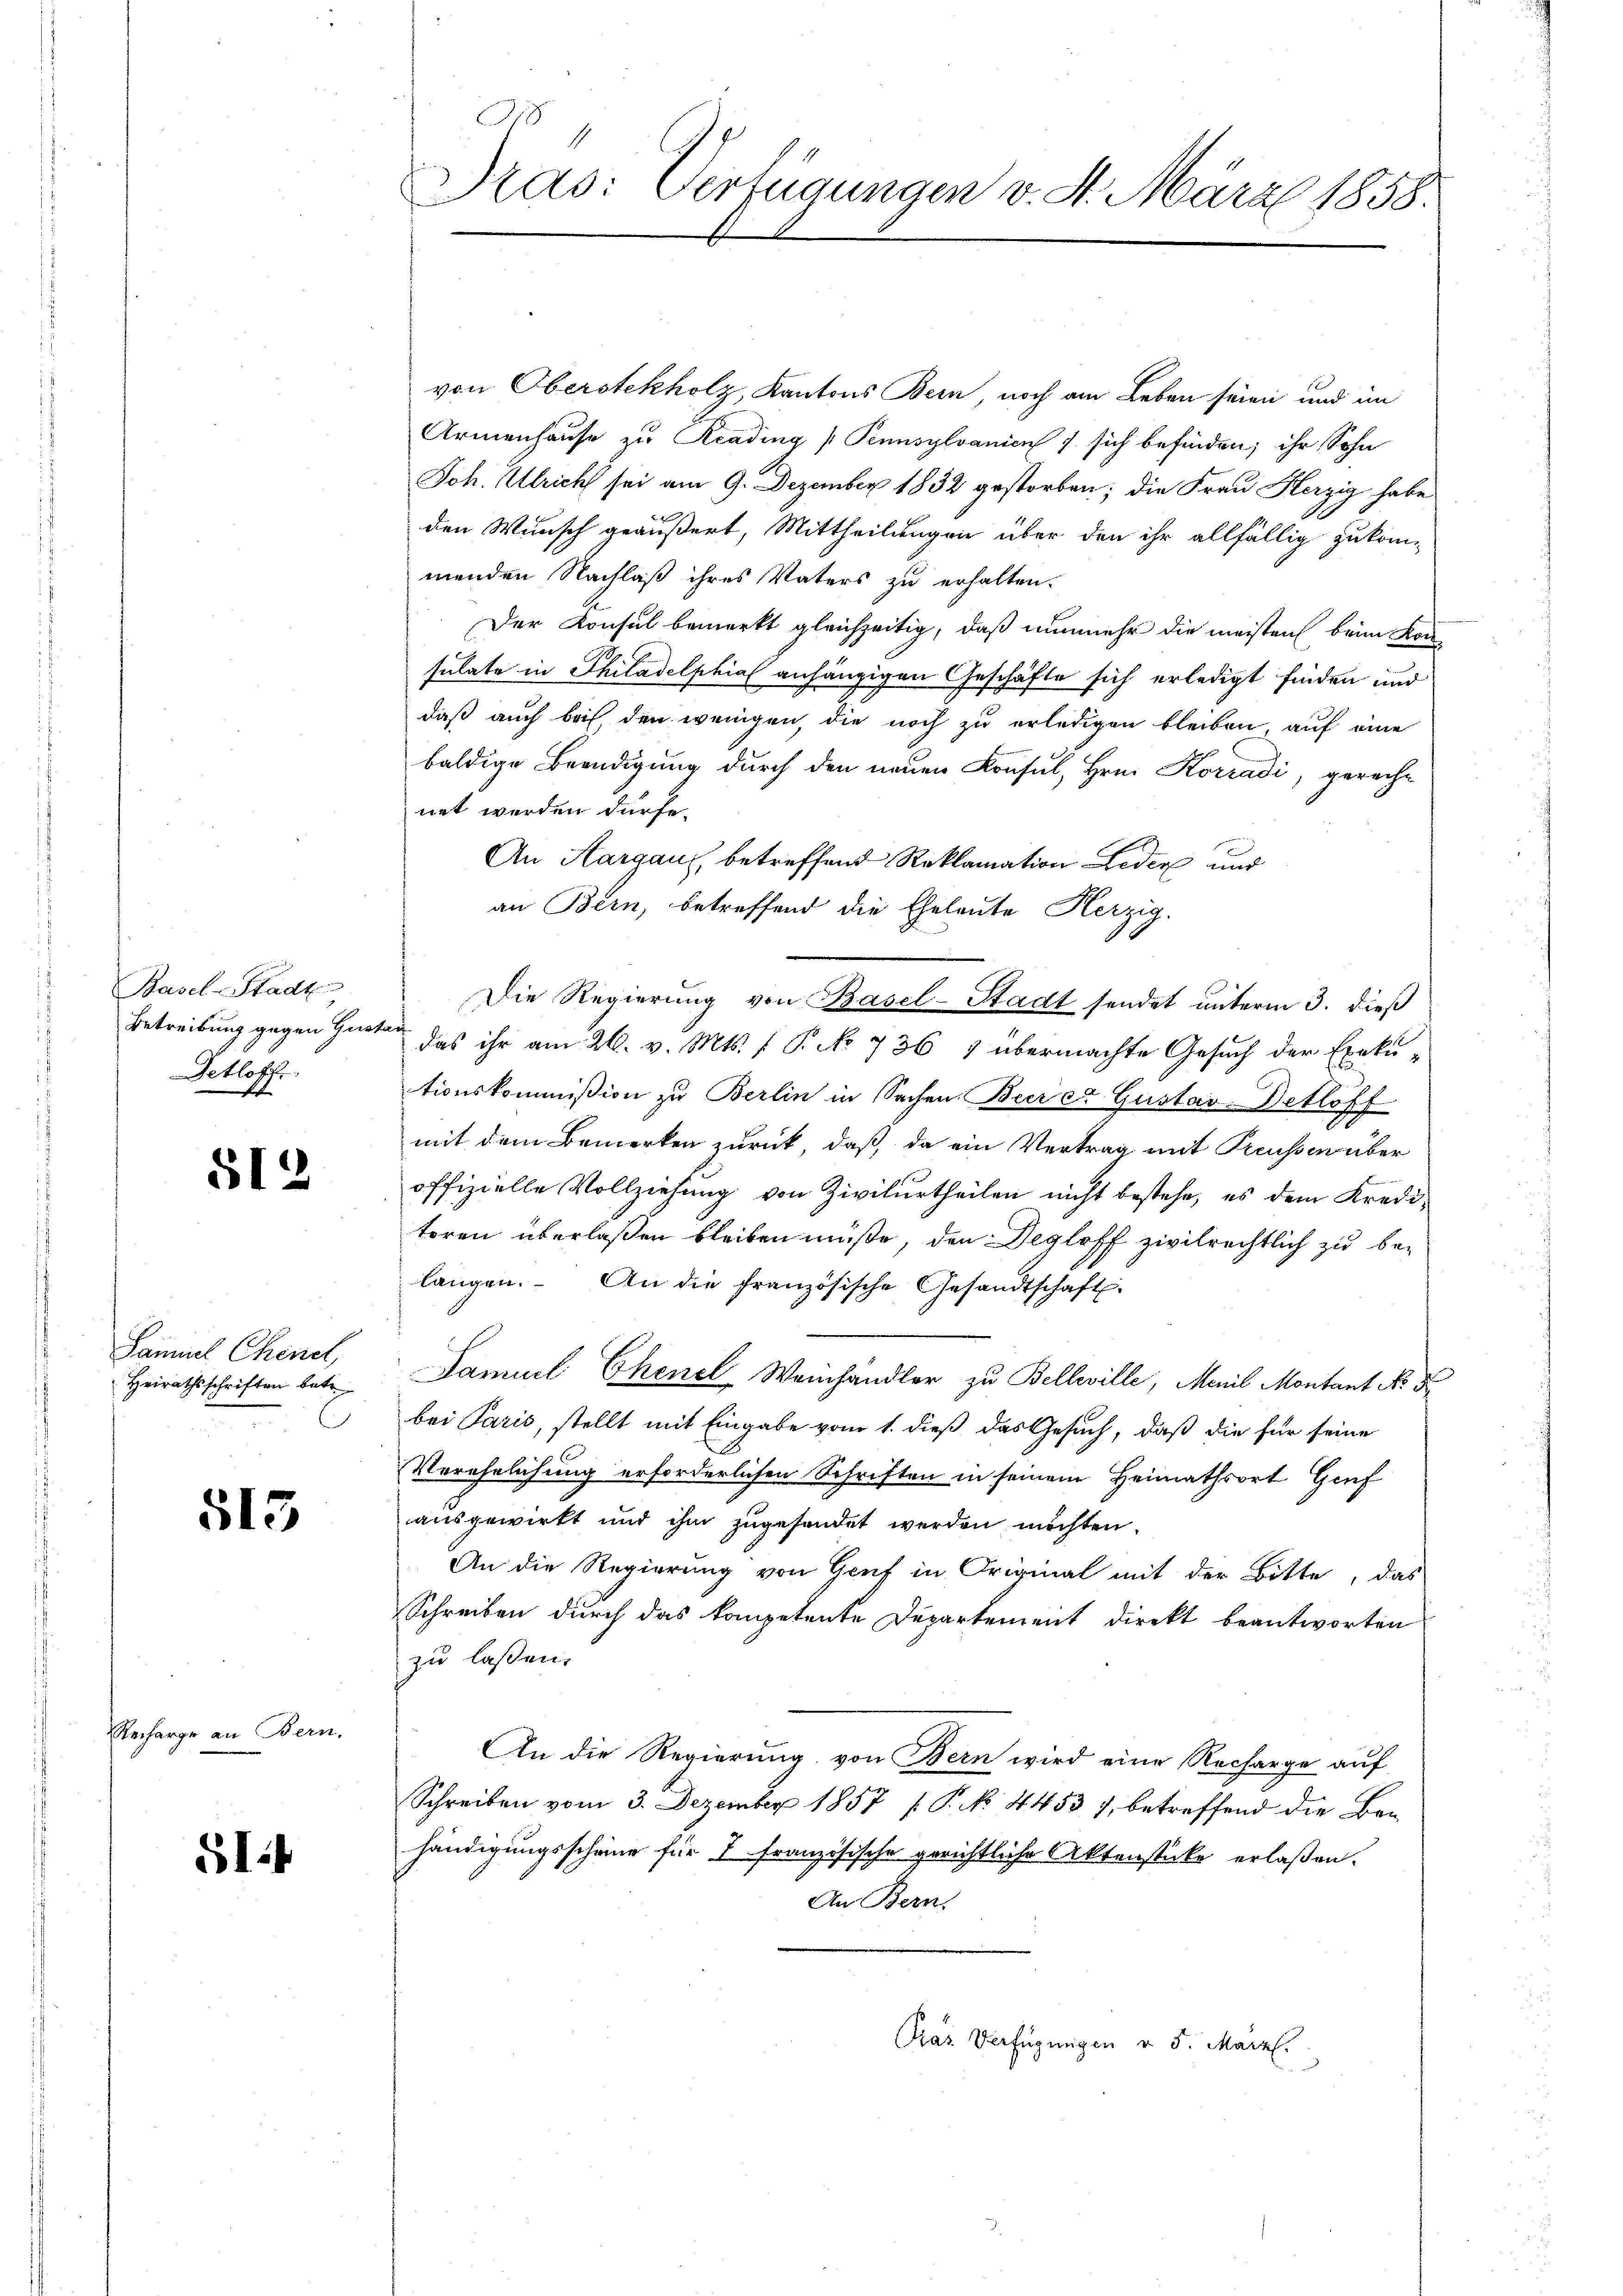
Basel-Stadt
Detloff

512

Samuel Chenel,
Heirathsschriften betr.

515

Recharge an Bern.

SI

J
Pras: Verfügungen v. 4. März 1858.

von Oberstekholz, Kantons Bern, noch am Leben seien und im
Armenhause zu Krading (Pennsylvanien 7 sich befinden; ihr Sohn
Joh. Ulricht sei am 9. Dezember 1832 gestorben; die Frau Herzig habe
den Wunsch geäußert, Mittheilungen über den ihr allfällig zukom-
menden Nachlaß ihres Vaters zu erhalten.
Der Konsul bemerkt gleichzeitig, daß nunmehr die meisten beim Kon-
sulate in Philadelphial anhängigen Geschäfte sich erledigt finden und
daß auch bei, den wenigen, die noch zu erledigen bleiben, auf eine
baldige Beendigung durch den neuen Konsul, Hrn. Korradi, gerecht
net werden dürfe.
An Aargaus, betreffend Reklamation Leder und
an Bern, betreffend die Eheleute Herzig.
Die Regierung von Basel-Stadt sendet unterm 3. dieß
Betreibung gegen Garten das ihr am 26. v. Mts. f. P. No 736 3 übermachte Gesuch der Exeku-
tionskommißion zu Berlin in Sachen Beer et Gustav-Detloff
mit dem Bemerken zurück, daß da ein Vertrag mit Preusserüber
offizielle Vollziehung von Zivilurtheilen nicht bestehe, es dem Kreditoren überlaßen bleiben müße, den Degloff zivilrechtlich zu be-
langen. An die französische Gesandtschaft.
Samuel Chenel Weinhändler zu Belleville, Manil Montant Nr. 5
bei Paris, stellt mit Eingabe vom 1. dieß das Gesuch, daß die für seine
Verehelichung erforderlichen Schriften in seinem Heimathsort Genf
ausgewirkt und ihm zugesandet werden möchten.
An die Regierung von Genf in Original mit der Bitte, das
Schreiben durch das kompetente Departement direkt beantworten
zu lassen.
An die Regierung von Bern wird eine Recharge auf
Schreiben vom 3. Dezember 1857 / P. No. 4453 7, betreffend die Ban
händigungsscheine für 7 französische gerichtliche Aktenstücke erlaßen.
An Bern.
Pras Verfügungen v. 5. März.